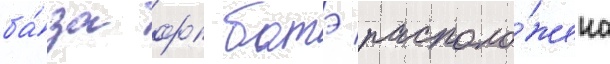
ба́за фк батэ располо́жена